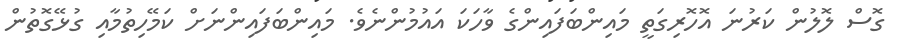
ގޮސް ލޮލުން ކަރުނަ އޮހޮރިގަތީ މައިންބަފައިންގެ ވާހަކަ އައުމުންނެވެ. މައިންބަފައިންނަށް ކަމޭހިތުމާއި ގުޅޭގޮތުން